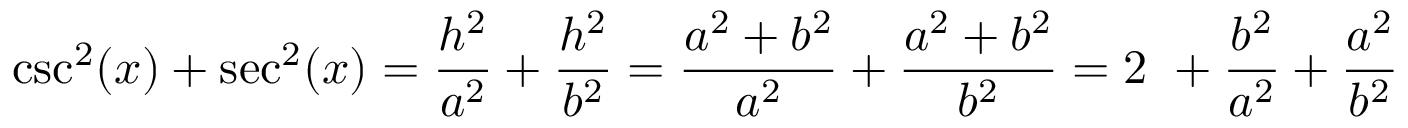
\csc ^ { 2 } ( x ) + \sec ^ { 2 } ( x ) = { \frac { h ^ { 2 } } { a ^ { 2 } } } + { \frac { h ^ { 2 } } { b ^ { 2 } } } = { \frac { a ^ { 2 } + b ^ { 2 } } { a ^ { 2 } } } + { \frac { a ^ { 2 } + b ^ { 2 } } { b ^ { 2 } } } = 2 \ + { \frac { b ^ { 2 } } { a ^ { 2 } } } + { \frac { a ^ { 2 } } { b ^ { 2 } } }